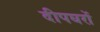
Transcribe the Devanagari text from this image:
दीपघरों